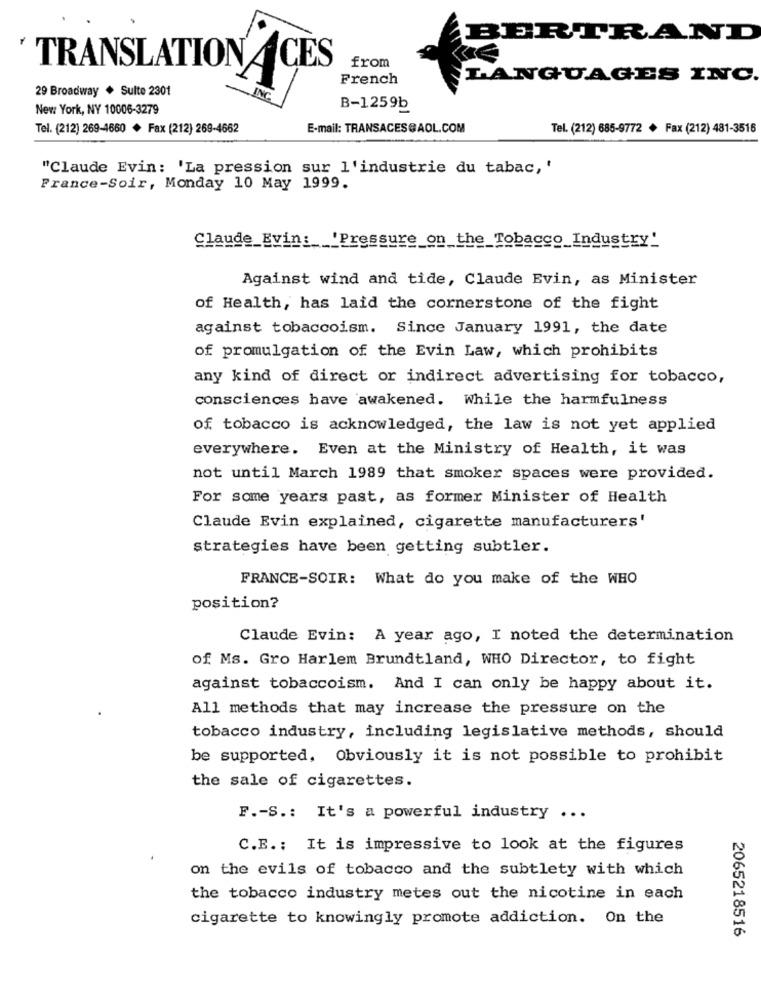
BERTRAND
from
' TRANSLATION ACES
French
LANGUAGES INC.
29 Broadway + Sulte 2301
INC
New: York, NY 10006-3279
B-1259b
Tel. (212) 269-4660 + Fax (212) 269-4662
E-mail: TRANSACES@AOL.COM
Tel. (212) 685-9772 + Fax (212) 481-3516
"Claude Evin: 'La pression sur l'industrie du tabac, '
France-Soir, Monday 10 May 1999.
Claude Evin: 'Pressure on the Tobacco_Industry'
Against wind and tide, Claude Evin, as Minister
of Health, has laid the cornerstone of the fight
against tobaccoism. Since January 1991, the date
of promulgation of the Evin Law, which prohibits
any kind of direct or indirect advertising for tobacco,
consciences have awakened. While the harmfulness
of tobacco is acknowledged, the law is not yet applied
everywhere. Even at the Ministry of Health, it was
not until March 1989 that smoker spaces were provided.
For some years past, as former Minister of Health
Claude Evin explained, cigarette manufacturers'
strategies have been getting subtler.
FRANCE-SOIR: What do you make of the WHO
position?
Claude Evin: A year ago, I noted the determination
of. Ms. Gro Harlem Brundtland, WHO Director, to fight
against tobaccoism. And I can only be happy about it.
All methods that may increase the pressure on the
tobacco industry, including legislative methods, should
be supported, Obviously it is not possible to prohibit
the sale of cigarettes.
F .- S .: It's a powerful industry
...
C.E .; It is impressive to look at the figures
on the evils of tobacco and the subtlety with which
the tobacco industry metes out the nicotine in each
cigarette to knowingly promote addiction. On the
2065218516